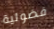
فضولية